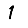
Digit: 1